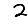
Digit: 2